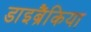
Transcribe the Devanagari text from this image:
डाइब्रैंकिया